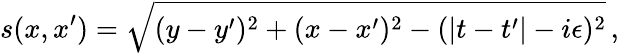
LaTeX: s(x,x^{\prime})=\sqrt{(y-y^{\prime})^{2}+(x-x^{\prime})^{2}-(|t-t^{\prime}|-i\epsilon)^{2}}\, ,